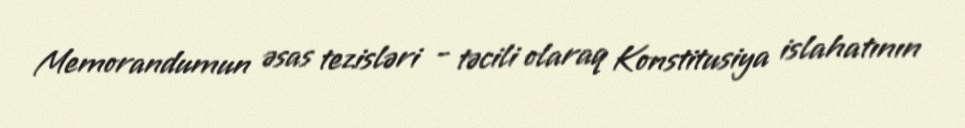
Memorandumun əsas tezisləri - təcili olaraq Konstitusiya islahatının